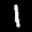
Label: 1